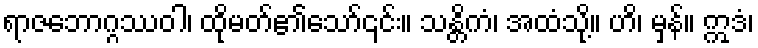
ရာဇဘောဂ္ဂဿဝါ၊ ထိုမတ်၏သော်၎င်း။ သန္တိကံ၊ အထံသို့။ ဟိ၊ မှန်။ ဣဒံ၊